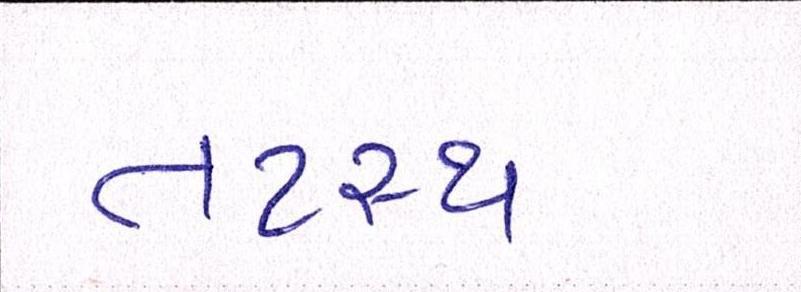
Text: તટસ્થ